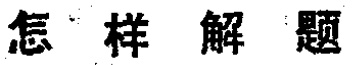
怎样解题